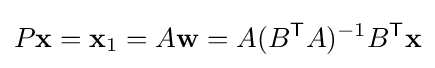
P\mathbf {x} =\mathbf {x} _{1}=A\mathbf {w} =A(B^{\mathsf {T}}A)^{-1}B^{\mathsf {T}}\mathbf {x}